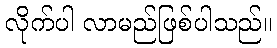
လိုက်ပါ လာမည်ဖြစ်ပါသည်။